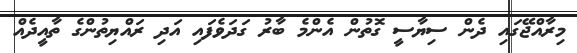
މިރާއްޖޭގައި ދެން ސިޔާސީ ގޮތުން އެންމެ ބާރު ގަދަވެފައި އަދި ރައްޔިތުންގެ ތާއީދެއް